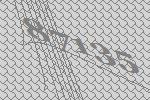
87135